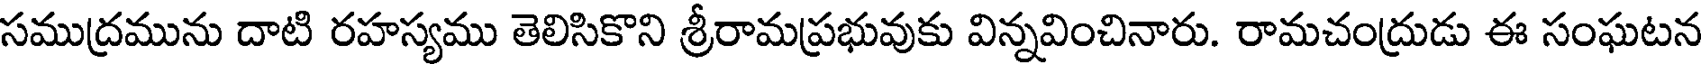
సముద్రమును దాటి రహస్యము తెలిసికొని శ్రీరామప్రభువుకు విన్నవించినారు. రామచంద్రుడు ఈ సంఘటన